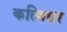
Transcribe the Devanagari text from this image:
कल्गिधर